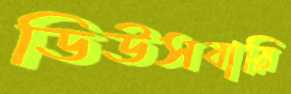
ডিউসবারি